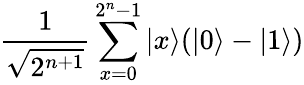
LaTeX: {\frac{1}{\sqrt{2^{n+1}}}}\sum_{x=0}^{2^{n}-1}|x\rangle(|0\rangle-|1\rangle)